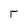
Character: r